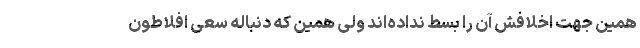
همین جهت اخلافش آن را بسط نداده‌اند ولی همین که دنباله سعی افلاطون